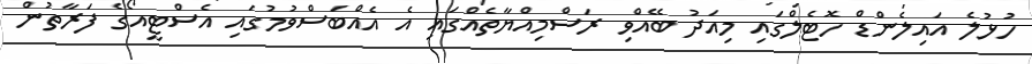
ހުޅުލެ އައިލެންޑް ހޮޓެލްގައި މިއަދު ބޭއްވި ރަސްމިއްޔާތެއްގައި އެ އެއްބަސްވުމުގައި އެސްޓީއޯގެ ފަރާތުން